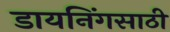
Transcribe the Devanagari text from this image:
डायनिंगसाठी